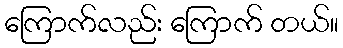
ကြောက်လည်း ကြောက် တယ်။